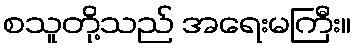
စသူတို့သည် အရေးမကြီး။